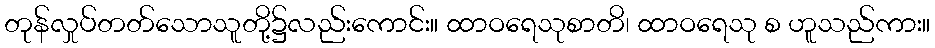
တုန်လှုပ်တတ်သောသူတို့၌လည်းကောင်း။ ထာဝရေသုစာတိ၊ ထာဝရေသု စ ဟူသည်ကား။